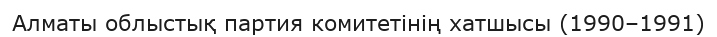
Алматы облыстық партия комитетінің хатшысы (1990–1991)